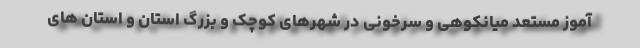
آموز مستعد میانکوهی و سرخونی در شهرهای کوچک و بزرگ استان و استان های